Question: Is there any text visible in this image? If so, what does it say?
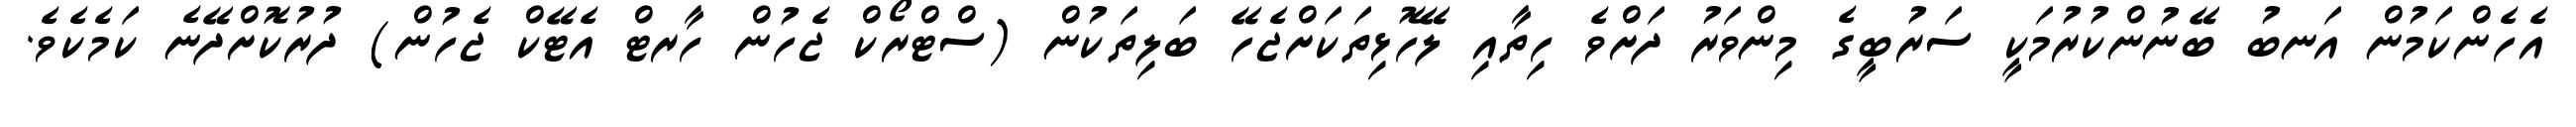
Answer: އެހެންކަމުން އަނބު ބޭނުންކުރުމަކީ ސަރުބީގެ މިންވަރު ދަށްވެ ހިތާއި ލޭހޮޅިތަކަށްޖެހޭ ބަލިތަކުން (ސްޓްރޯކް ޖެހުން ހާރޓް އެޓޭކް ޖެހުން) ދުރުކޮށްދޭނެ ކަމެކެވެ.